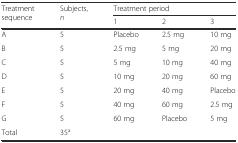
| <ROWSPAN=2> Treatment sequence | <ROWSPAN=2> Subjects, n | <COLSPAN=3> Treatment period |
 | 1 | 2 | 3 |
 | --- | --- | --- | --- | --- |
 | A | 5 | Placebo | 2.5 mg | 10 mg |
 | B | 5 | 2.5 mg | 5 mg | 20 mg |
 | C | 5 | 5 mg | 10 mg | 40 mg |
 | D | 5 | 10 mg | 20 mg | 60 mg |
 | E | 5 | 20 mg | 40 mg | Placebo |
 | F | 5 | 40 mg | 60 mg | 2.5 mg |
 | G | 5 | 60 mg | Placebo | 5 mg |
 | Total | 35a | <COLSPAN=3>  |